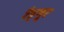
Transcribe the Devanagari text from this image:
रैड्मूर